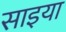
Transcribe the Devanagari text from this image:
साइया